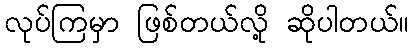
လုပ်ကြမှာ ဖြစ်တယ်လို့ ဆိုပါတယ်။